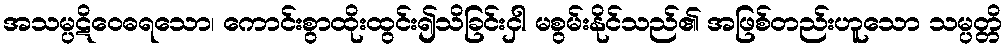
အသမ္ပဋိဝေဓရသော၊ ကောင်းစွာထိုးထွင်း၍သိခြင်းငှါ မစွမ်းနိုင်သည်၏ အဖြစ်တည်းဟူသော သမ္ပတ္တိ